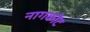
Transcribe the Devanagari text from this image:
नागकोट